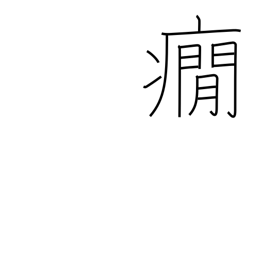
Meaning: nervous